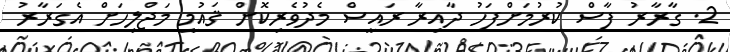
2. ގާރާރު ފާސް ކުރުމަށްފަހު ދާއިރާ ރައީސް މެދުވެރިކޮށް ޤައުމީ މަޖްލިހަށް އެގަރާރު